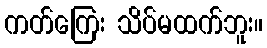
ကတ်ကြေး သိပ်မထက်ဘူး။